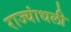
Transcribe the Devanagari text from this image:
राज्यांधली